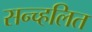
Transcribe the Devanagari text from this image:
सन्च्हलित